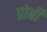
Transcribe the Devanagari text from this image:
प्रोबी